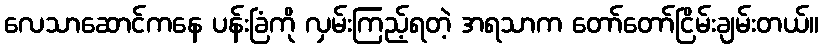
လေသာဆောင်ကနေ ပန်းခြံကို လှမ်းကြည့်ရတဲ့ အရသာက တော်တော်ငြိမ်းချမ်းတယ်။